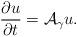
LaTeX: \begin{align*}\frac{\partial u}{\partial t}=\mathcal{A}_\gamma u.\end{align*}